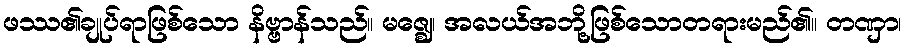
ဖဿ၏ချုပ်ရာဖြစ်သော နိဗ္ဗာန်သည်။ မဇ္ဈေ၊ အလယ်အဘို့ဖြစ်သောတရားမည်၏။ တဏှာ၊